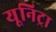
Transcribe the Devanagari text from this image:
यूनिट्रा